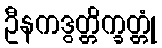
ဦနကဒွတ္တိက္ခတ္တုံ